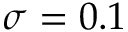
\sigma = 0 . 1